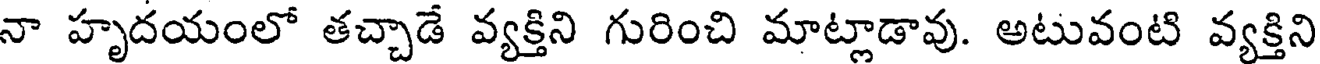
నా హృదయంలో తచ్చాడే వ్యక్తిని గురించి మాట్లాడావు. అటువంటి వ్యక్తిని